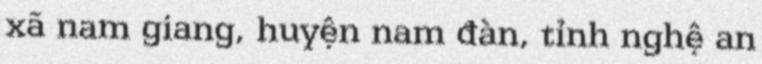
xã nam giang, huyện nam đàn, tỉnh nghệ an